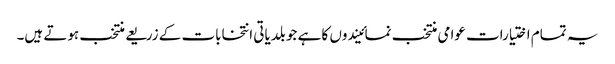
یہ تمام اختیارات عوامی منتخب نمائیندوں کا ہے جو بلدیاتی انتخابات کے زریعے منتخب ہوتے ہیں۔